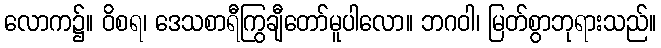
လောက၌။ ဝိစရ၊ ဒေသစာရီကြွချီတော်မူပါလော။ ဘဂဝါ၊ မြတ်စွာဘုရားသည်။